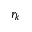
r _ { k }